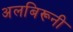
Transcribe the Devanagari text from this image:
अलबिरूनी